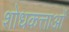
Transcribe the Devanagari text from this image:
शोधकत्ताओं